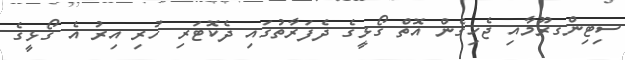
ސިޓިންގރޫމާއި ޖެހިގެން އޮތް ގޯޅީގެ ދެފަރާތުގައި ދެކޮޓަރި ހުރި އިރު އެ ގޯޅީގެ